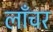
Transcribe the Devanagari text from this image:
लाँचर